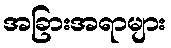
အခြားအရာများ